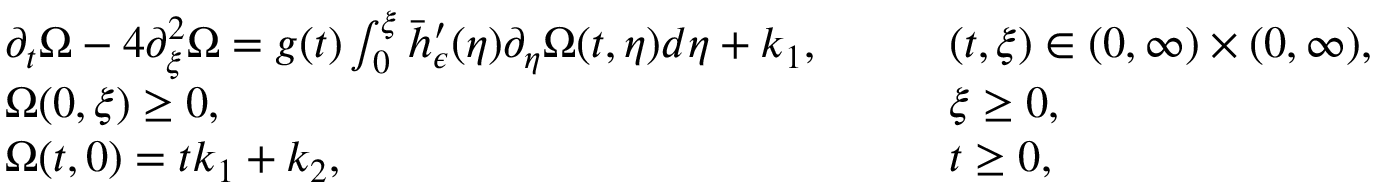
\begin{array} { r l r l } & { \partial _ { t } \Omega - 4 \partial _ { \xi } ^ { 2 } \Omega = g ( t ) \int _ { 0 } ^ { \xi } \bar { h } _ { \epsilon } ^ { \prime } ( \eta ) \partial _ { \eta } \Omega ( t , \eta ) d \eta + k _ { 1 } , \quad } & & { ( t , \xi ) \in ( 0 , \infty ) \times ( 0 , \infty ) , } \\ & { \Omega ( 0 , \xi ) \geq 0 , \quad } & & { \xi \geq 0 , } \\ & { \Omega ( t , 0 ) = t k _ { 1 } + k _ { 2 } , \quad } & & { t \geq 0 , } \end{array}